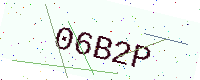
Text: 06B2P